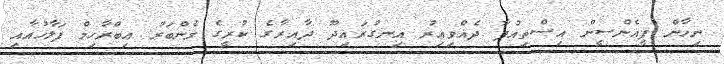
ނިހާން ޕީއެންސީން އިސްތިއުފާ ދެއްވިއިރު އިނގުރައިދޫ ދާއިރާގެ ކުރީގެ މެންބަރު އިބްރާހިމް ފަލާހުއާއި